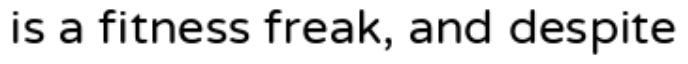
is a fitness freak, and despite